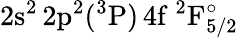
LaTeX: \mathrm{2s^{2}\, 2p^{2}(^{3}P)\, 4f~^{2}F_{5/2}^{\circ}}